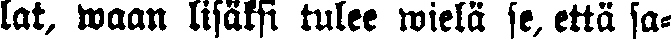
lat, waan lisäksi tulee wielä se, että sa-